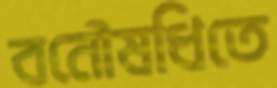
বনৌষধিতে